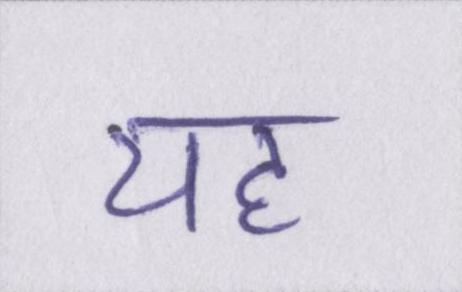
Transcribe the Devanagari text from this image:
यह